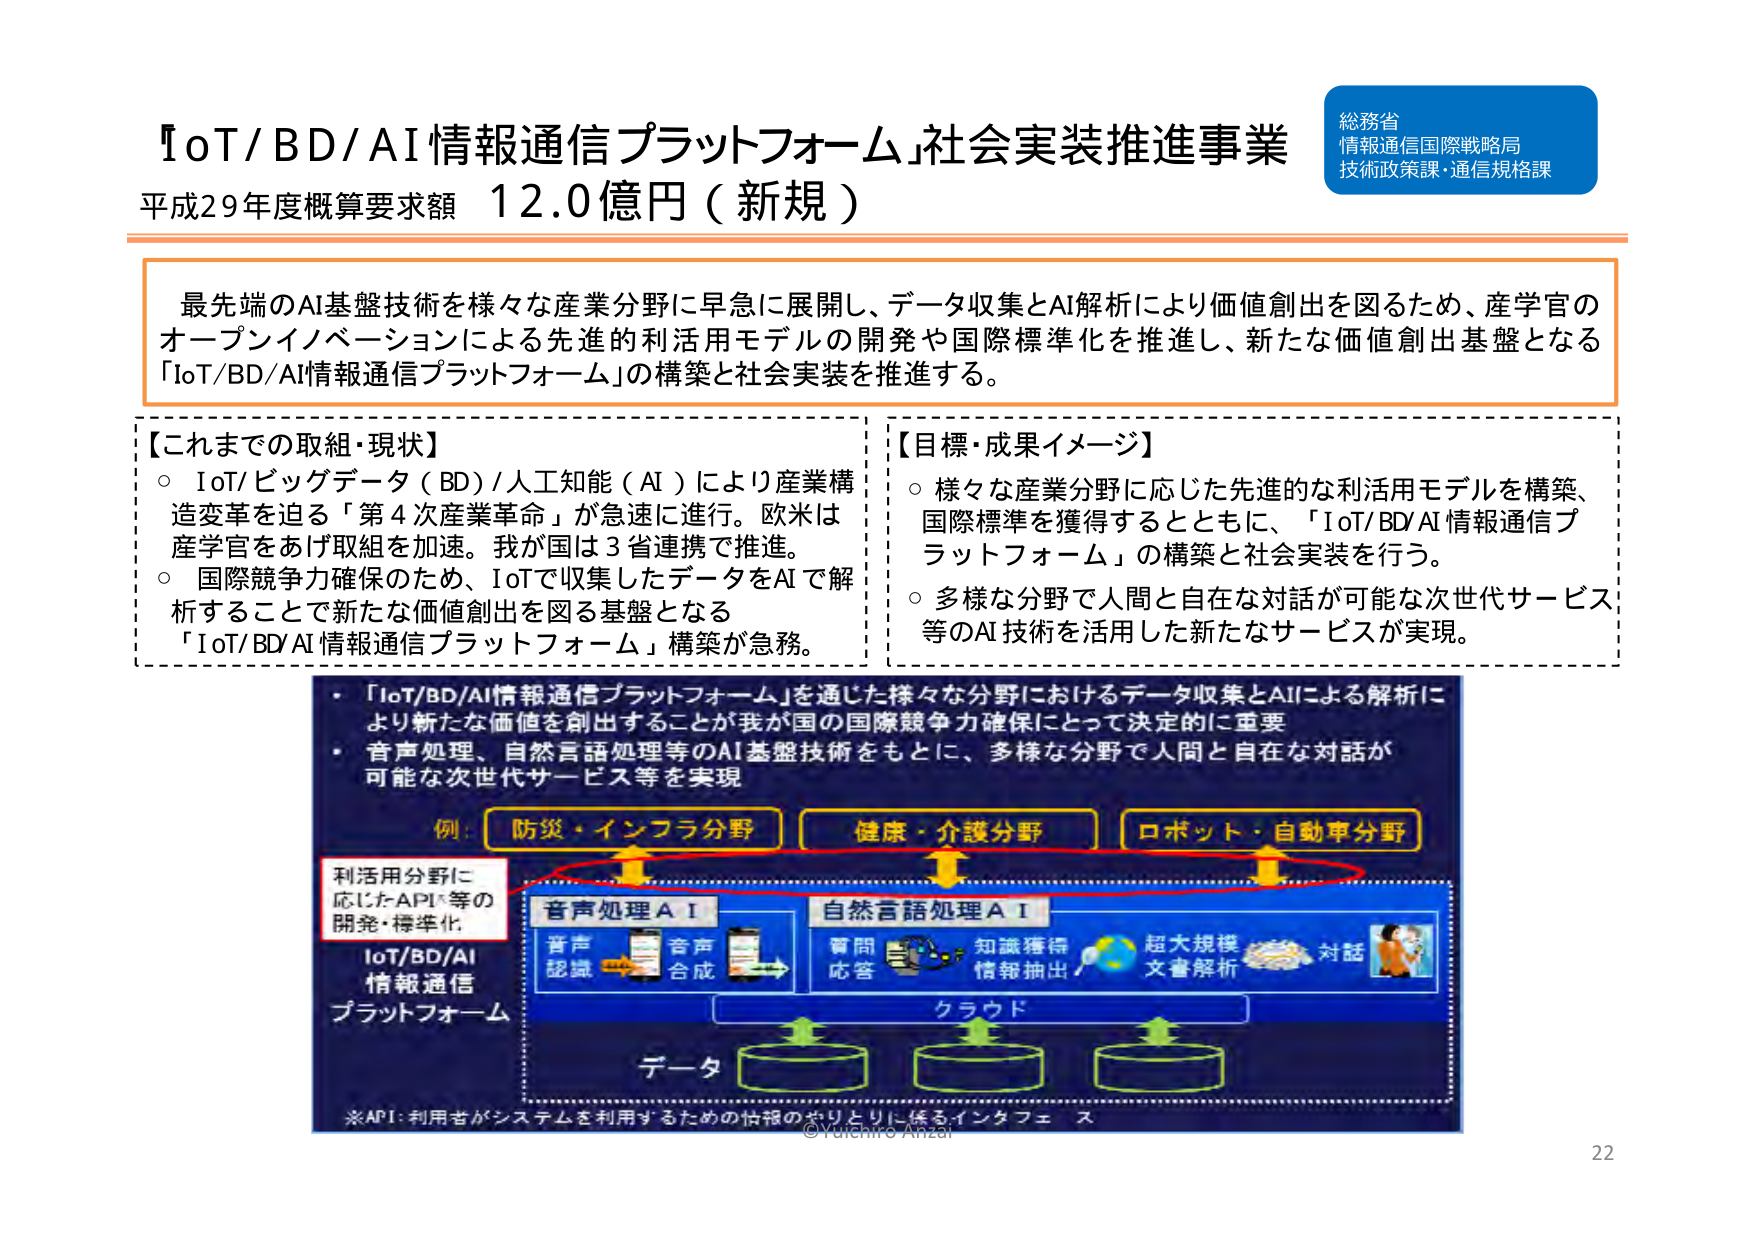
『IoT/BD/AI情報通信プラットフォーム』社会実装推進事業
平成29年度概算要求額 12.0億円（新規）

総務省
情報通信国際戦略局
技術政策課・通信規格課

最先端のAI基盤技術を様々な産業分野に早急に展開し、データ収集とAI解析により価値創出を図るため、産学官のオープンイノベーションによる先進的利活用モデルの開発や国際標準化を推進し、新たな価値創出基盤となる「IoT/BD/AI情報通信プラットフォーム」の構築と社会実装を推進する。

【これまでの取組・現状】
○ IoT/ビッグデータ（BD）/人工知能（AI）により産業構造変革を迫る「第4次産業革命」が急速に進行。欧米は産学官をあげ取組を加速。我が国は3省連携で推進。
○ 国際競争力確保のため、IoTで収集したデータをAIで解析することで新たな価値創出を図る基盤となる「IoT/BD/AI情報通信プラットフォーム」構築が急務。

【目標・成果イメージ】
○ 様々な産業分野に応じた先進的な利活用モデルを構築、国際標準を獲得するとともに、「IoT/BD/AI情報通信プラットフォーム」の構築と社会実装を行う。
○ 多様な分野で人間と自在な対話が可能な次世代サービス等のAI技術を活用した新たなサービスが実現。

・「IoT/BD/AI情報通信プラットフォーム」を通じた様々な分野におけるデータ収集とAIによる解析により新たな価値を創出することが我が国の国際競争力確保にとって決定的に重要
・音声処理、自然言語処理等のAI基盤技術をもとに、多様な分野で人間と自在な対話が可能な次世代サービス等を実現

例：
防災・インフラ分野
健康・介護分野
ロボット・自動車分野

利活用分野に応じたAPI等の開発・標準化
IoT/BD/AI情報通信プラットフォーム

音声処理AI
音声認識 → 音声合成

自然言語処理AI
質問応答 → 知識獲得 → 情報抽出 → 超大規模文書解析 → 対話

クラウド

データ

※API：利用者がシステムを利用するための情報のやりとりに係るインタフェース

©Yuichiro Anzai
22